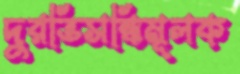
দুরভিসন্ধিমূলক